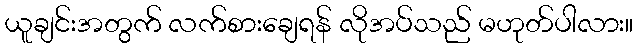
ယူချင်းအတွက် လက်စားချေရန် လိုအပ်သည် မဟုတ်ပါလား။